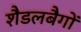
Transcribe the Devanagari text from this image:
शैडलबैगों